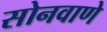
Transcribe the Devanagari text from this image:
सोनवाणे